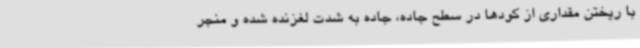
با ریختن مقداری از کودها در سطح جاده، جاده به شدت لغزنده شده و منجر